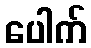
ပေါက်